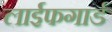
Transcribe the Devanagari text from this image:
लाईफगार्ड